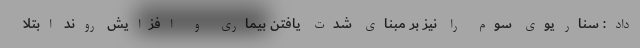
داد: سناریوی سوم را نیز بر مبنای شدت یافتن بیماری و افزایش روند ابتلا